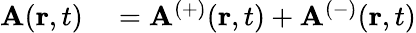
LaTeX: \begin{array}{rl}{\mathbf{A}(\mathbf{r},t)}&{{}=\mathbf{A}_{}^{(+)}(\mathbf{r},t)+\mathbf{A}_{}^{(-)}(\mathbf{r},t)}\end{array}